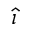
\hat { \imath }